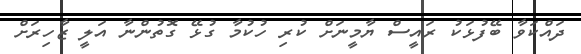
ދައްކަވާ ބޭފުޅަކު ރައީސް ޔާމީނަށް ކުރި ހުކުމާ ގުޅޭ ގޮތުންނާ އަލީ ޒާހިރަށް